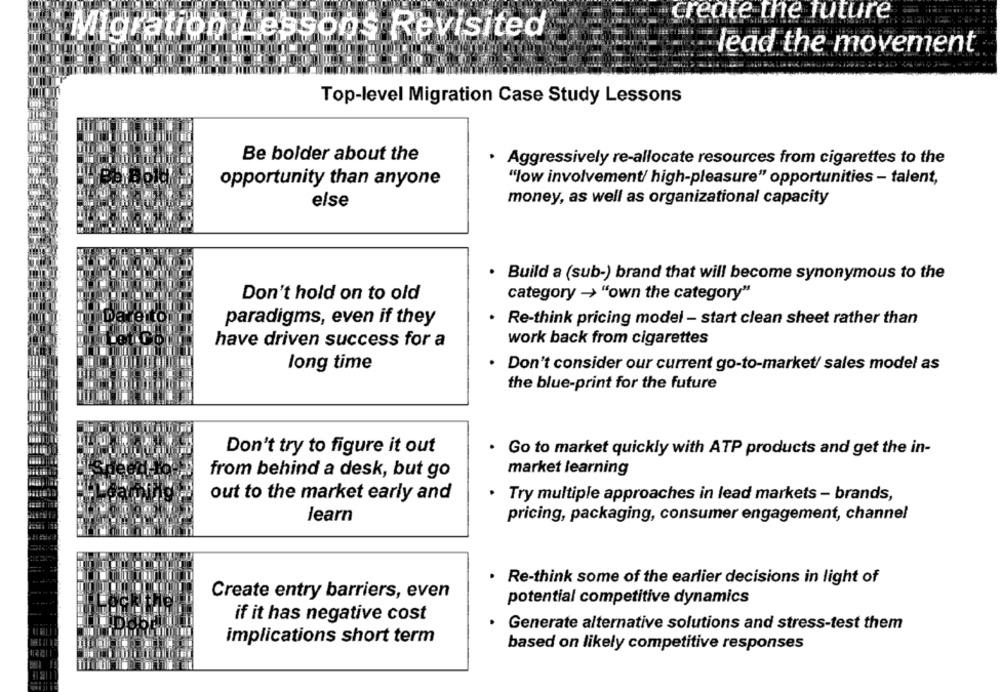
create the future
Migration Lessons Revisited
lead the movement
Top-level Migration Case Study Lessons
Be bolder about the
.
Aggressively re-allocate resources from cigarettes to the
opportunity than anyone
"low involvement/ high-pleasure" opportunities - talent,
money, as well as organizational capacity
else
. Build a (sub-) brand that will become synonymous to the
Don't hold on to old
category -> "own the category"
Dareito
paradigms, even if they
.
Re-think pricing model - start clean sheet rather than
have driven success for a
work back from cigarettes
long time
.
Don't consider our current go-to-market/ sales model as
the blue-print for the future
Don't try to figure it out
. Go to market quickly with ATP products and get the in-
from behind a desk, but go
market learning
out to the market early and
.
Try multiple approaches in lead markets - brands,
learn
pricing, packaging, consumer engagement, channel
.
Re-think some of the earlier decisions in light of
Create entry barriers, even
potential competitive dynamics
if it has negative cost
.
Generate alternative solutions and stress-test them
implications short term
based on likely competitive responses